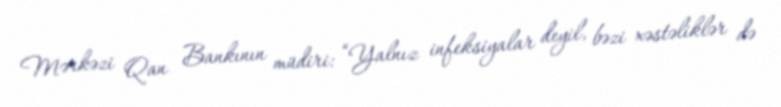
Mərkəzi Qan Bankının müdiri: “Yalnız infeksiyalar deyil, bəzi xəstəliklər də